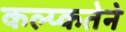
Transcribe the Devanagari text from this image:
कल्प्कतेने